Vaccination in Burma 1920-1933 - 1920-1933
Year: 1920
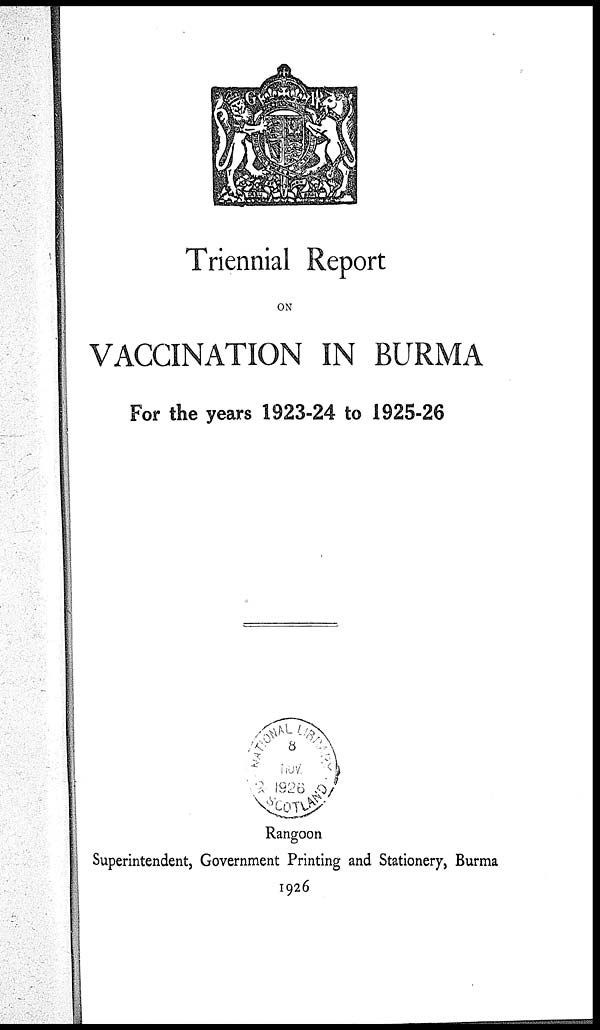
Triennial Report
ON
VACCINATION IN BURMA
For the years 1923-24 to 1925-26
Rangoon
Superintendent, Government Printing and Stationery, Burma
1926